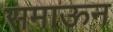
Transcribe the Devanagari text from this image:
समाऊन